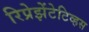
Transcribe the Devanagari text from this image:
रिप्रेझेंटेटिव्हस